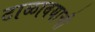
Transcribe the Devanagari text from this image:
टाळावयाची